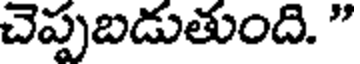
చెప్పబడుతుంది. "